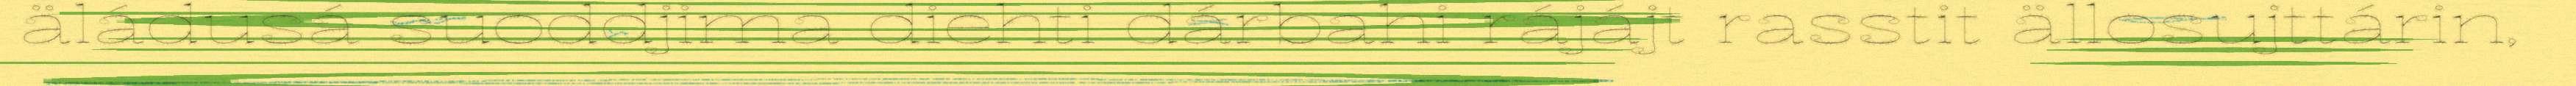
äládusá suoddjima diehti dárbahi rájájt rasstit ällosujttárin,